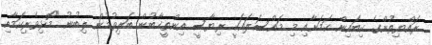
ރައްޔިތުންގެ ކިބައިން ކަމަށާއި މި މައްސަލައަކީ ރިޔާސީ އިންތީޚާބުން ބަލިވުމުން ލިބުނު "މޮޅިވެރިކަމާއި